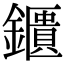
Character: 鑎